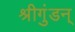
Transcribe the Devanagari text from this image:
श्रीगुंडन्